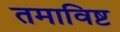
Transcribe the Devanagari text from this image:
तमाविष्ट